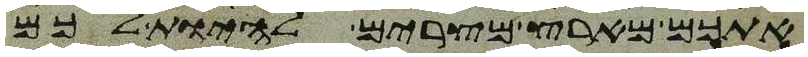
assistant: אתכם מארץ מצרים להיות לכם